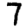
Digit: 7